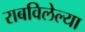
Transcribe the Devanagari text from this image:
राबविलेल्या